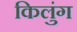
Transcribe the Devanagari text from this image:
किलुंग